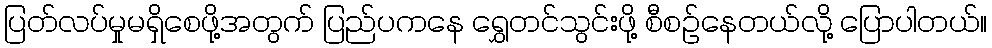
ပြတ်လပ်မှုမရှိစေဖို့အတွက် ပြည်ပကနေ ရွှေတင်သွင်းဖို့ စီစဥ်နေတယ်လို့ ပြောပါတယ်။